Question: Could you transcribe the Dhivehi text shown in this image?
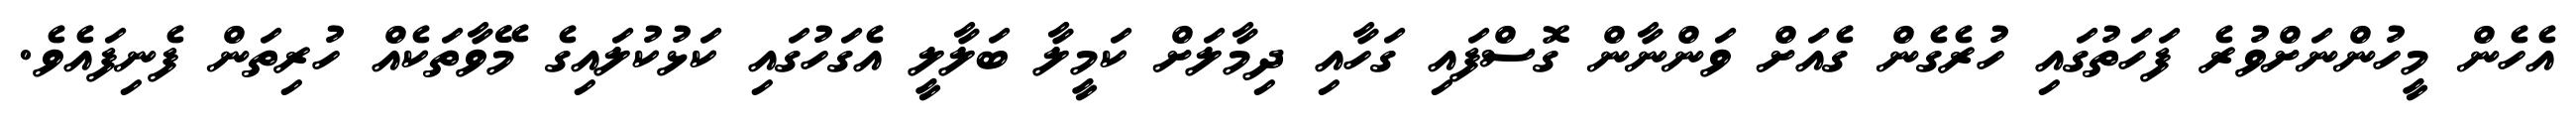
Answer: އެހެން މީހުންނަށްވުރެ ފަހަތުގައި ހުރެގެން ގެއަށް ވަންނާން ގޮސްފައި ގަހާއި ދިމާލަށް ކަމީލާ ބަލާލީ އެގަހުގައި ކަޅުކުލައިގެ މޭވާތަކެއް ހުރިތަން ފެނިފައެވެ.